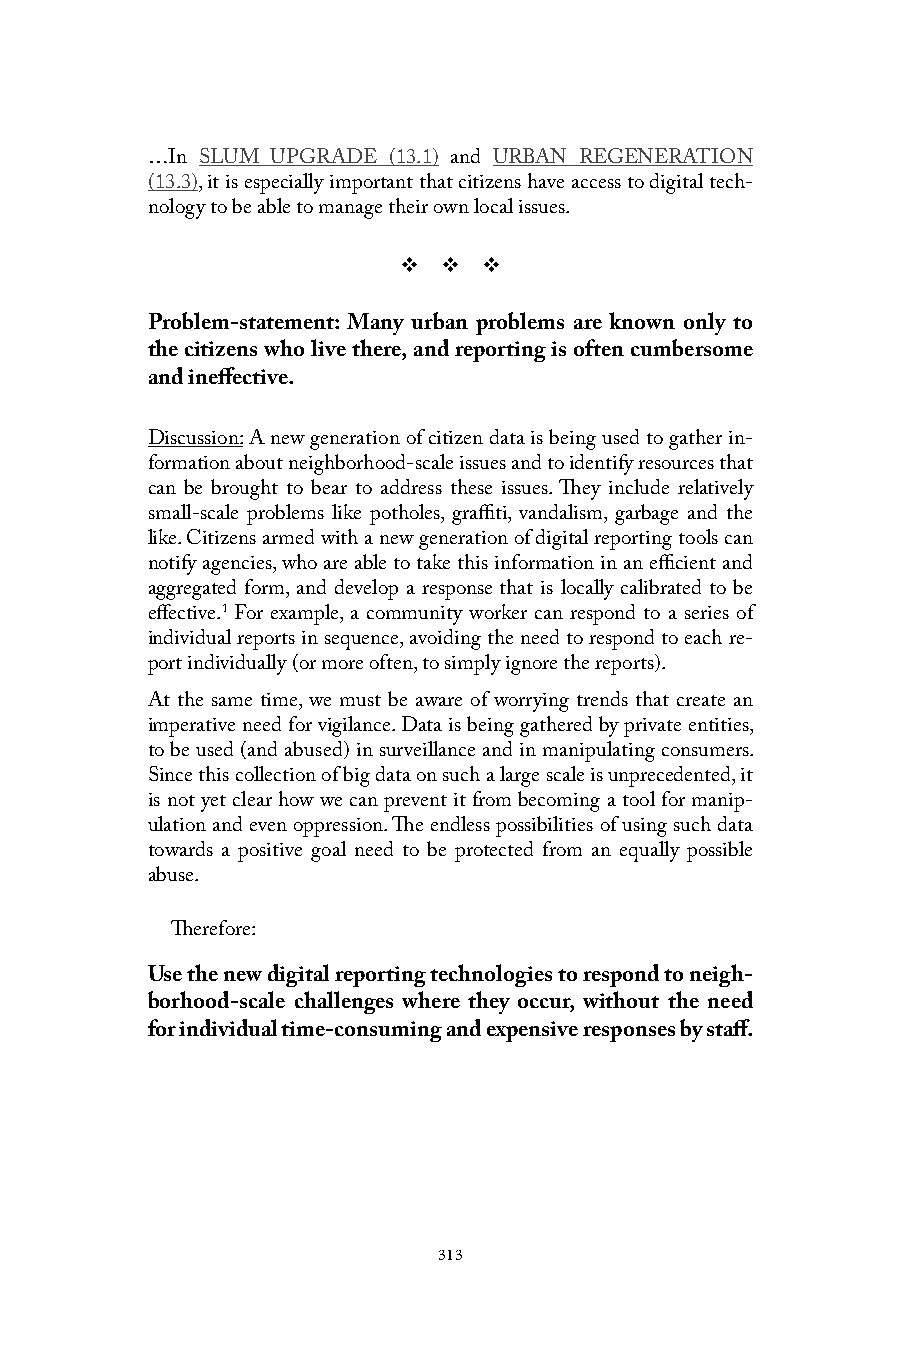
…In SLUM UPGRADE (13.1) and URBAN REGENERATION
 (13.3), it is especially important that citizens have access to digital tech-
 nology to be able to manage their own local issues.
 v  v  v
 Problem-statement: Many urban problems are known only to
 the citizens who live there, and reporting is often cumbersome
 and ineffective.
 Discussion: A new generation of citizen data is being used to gather in-
 formation about neighborhood-scale issues and to identify resources that
 can be brought to bear to address these issues. They include relatively
 small-scale problems like potholes, graffiti, vandalism, garbage and the
 like. Citizens armed with a new generation of digital reporting tools can
 notify agencies, who are able to take this information in an efficient and
 aggregated form, and develop a response that is locally calibrated to be
 effective.1 For example, a community worker can respond to a series of
 individual reports in sequence, avoiding the need to respond to each re-
 port individually (or more often, to simply ignore the reports).
 At the same time, we must be aware of worrying trends that create an
 imperative need for vigilance. Data is being gathered by private entities,
 to be used (and abused) in surveillance and in manipulating consumers.
 Since this collection of big data on such a large scale is unprecedented, it
 is not yet clear how we can prevent it from becoming a tool for manip-
 ulation and even oppression. The endless possibilities of using such data
 towards a positive goal need to be protected from an equally possible
 abuse.
 Therefore:
 Use the new digital reporting technologies to respond to neigh-
 borhood-scale challenges where they occur, without the need
 for individual time-consuming and expensive responses by staff.
 313